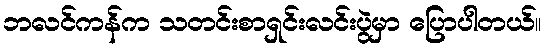
ဘလင်ကန်က သတင်းစာရှင်းလင်းပွဲမှာ ပြောပါတယ်။